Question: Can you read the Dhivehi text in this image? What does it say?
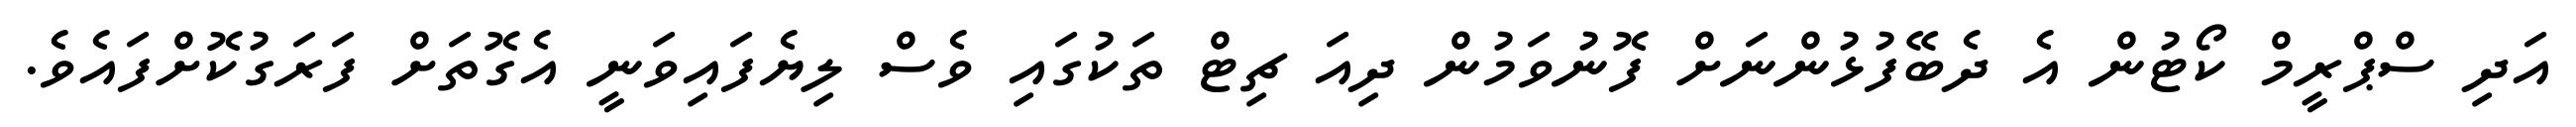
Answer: އަދި ސްޕްރީމް ކޯޓުން އެ ދެބޭފުޅުންނަށް ފޮނުވަމުން ދިއަ ޗިޓް ތަކުގައި ވެސް ލިޔެފައިވަނީ އެގޮތަށް ފަރަގުކޮށްފައެވެ.